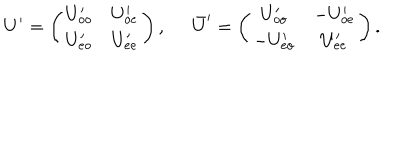
LaTeX: U ^ { \prime } = \left( \begin{array} { c c } { { U _ { o o } ^ { \prime } } } & { { U _ { o e } ^ { \prime } } } \\ { { U _ { e o } ^ { \prime } } } & { { U _ { e e } ^ { \prime } } } \\ \end{array} \right) , \; \; \bar { U } ^ { \prime } = \left( \begin{array} { c c } { { U _ { o o } ^ { \prime } } } & { { - U _ { o e } ^ { \prime } } } \\ { { - U _ { e o } ^ { \prime } } } & { { U _ { e e } ^ { \prime } } } \\ \end{array} \right) .